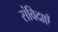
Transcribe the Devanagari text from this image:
संविदाएँ